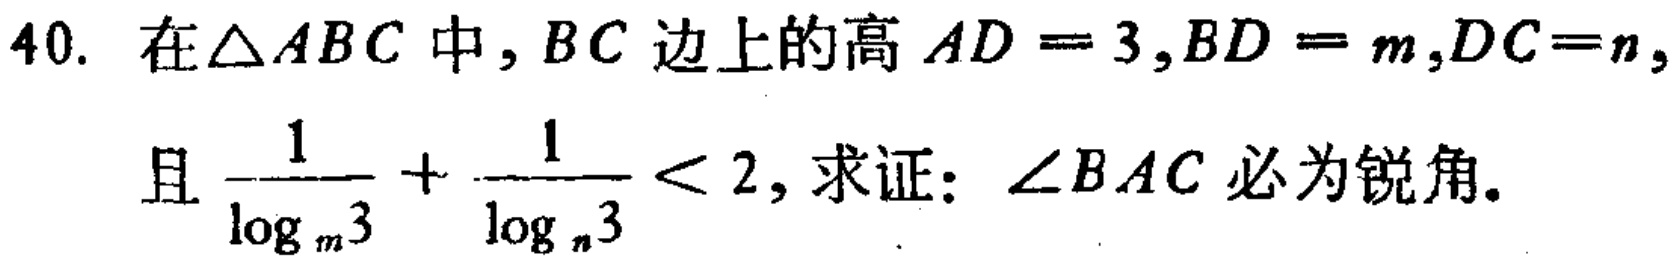
40. 在$\triangle ABC$中，$BC$边上的高$AD = 3$,$BD = m$,$DC=n$,

且$\frac{1}{\log_{m}3}+\frac{1}{\log_{n}3}<2$, 求证：$\angle BAC$必为锐角.